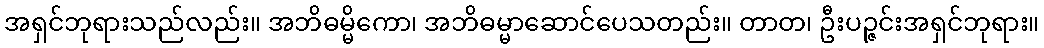
အရှင်ဘုရားသည်လည်း။ အဘိဓမ္မိကော၊ အဘိဓမ္မာဆောင်ပေသတည်း။ တာတ၊ ဦးပဉ္ဇင်းအရှင်ဘုရား။